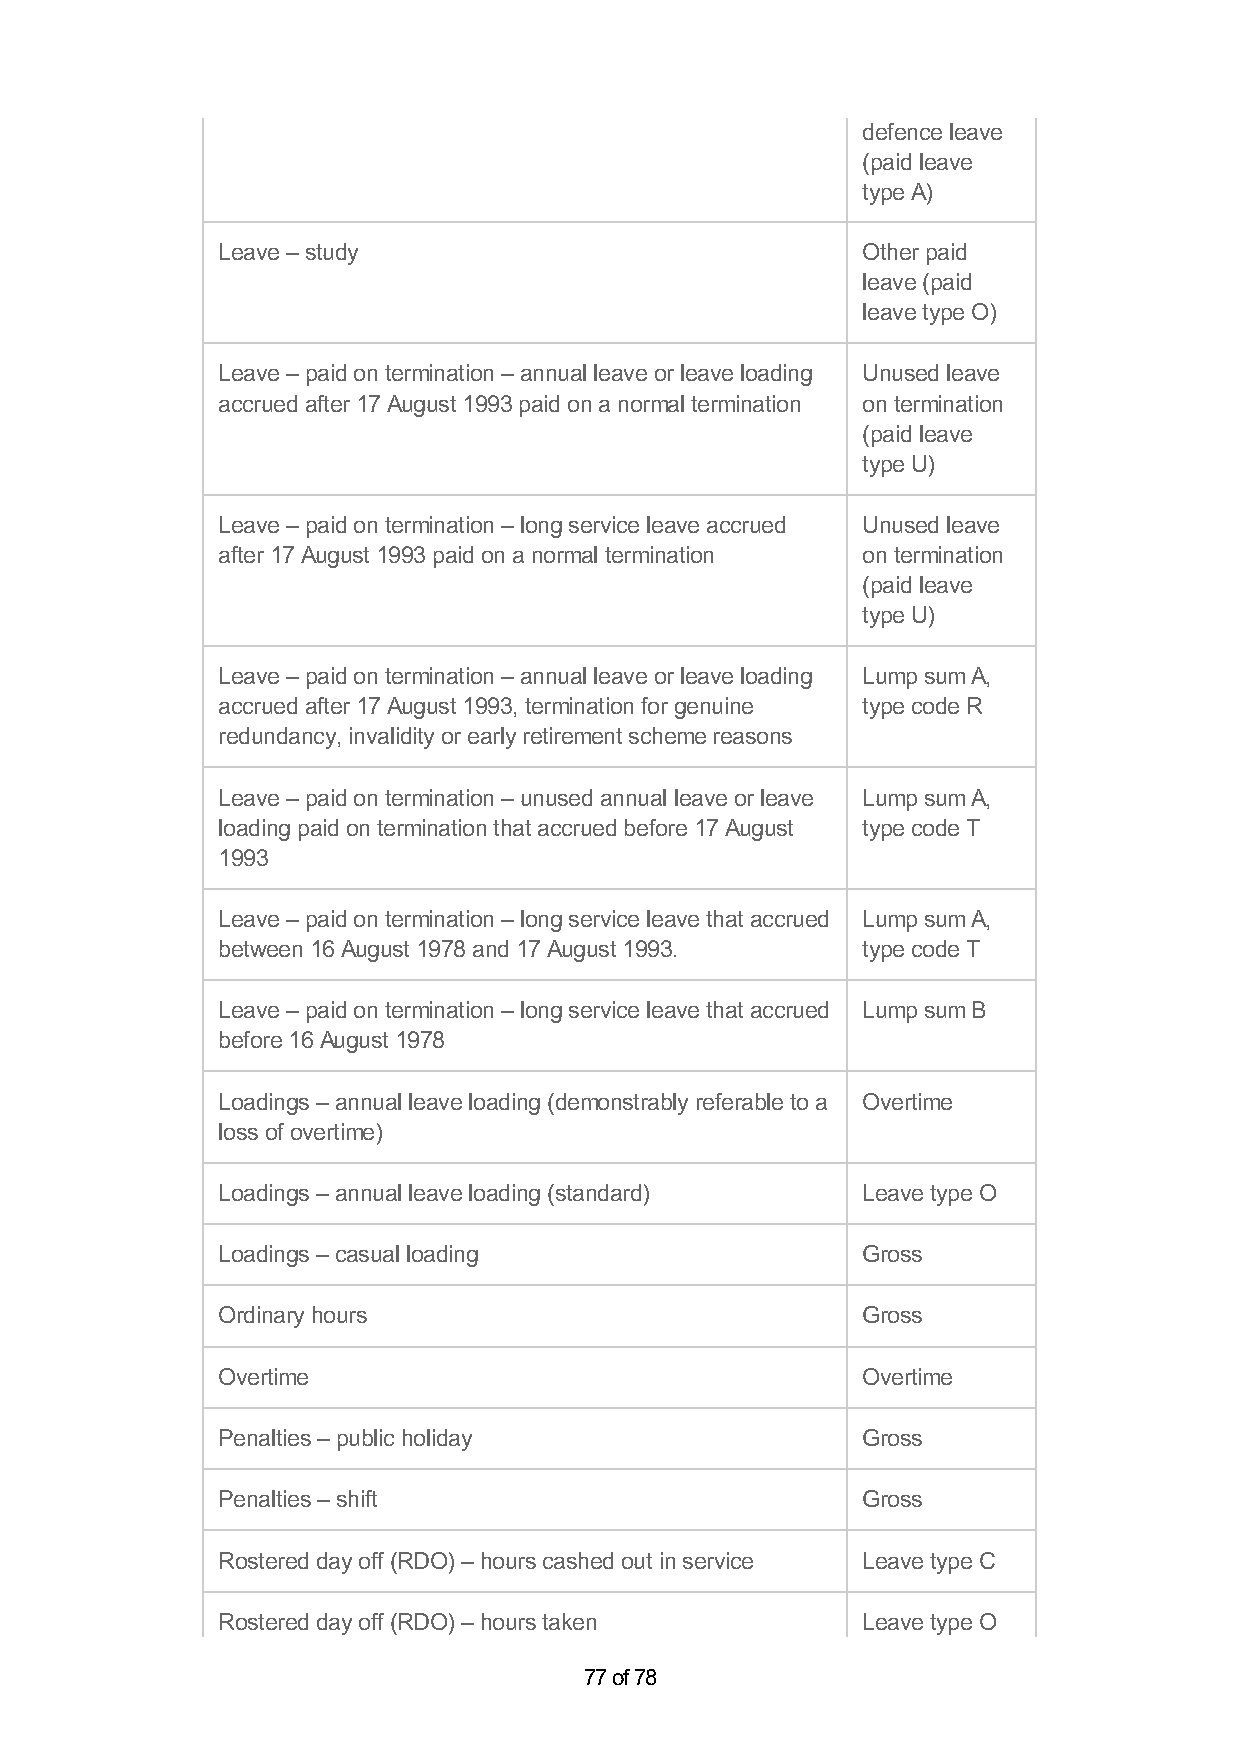
defence leave
 (paid leave
 type A)
 Leave – study                              Other paid
 leave (paid
 leave type O)
 Leave – paid on termination – annual leave or leave loading Unused leave
 accrued after 17 August 1993 paid on a normal termination on termination
 (paid leave
 type U)
 Leave – paid on termination – long service leave accrued Unused leave
 after 17 August 1993 paid on a normal termination on termination
 (paid leave
 type U)
 Leave – paid on termination – annual leave or leave loading Lump sum A,
 accrued after 17 August 1993, termination for genuine type code R
 redundancy, invalidity or early retirement scheme reasons
 Leave – paid on termination – unused annual leave or leave Lump sum A,
 loading paid on termination that accrued before 17 August type code T
 1993
 Leave – paid on termination – long service leave that accrued Lump sum A,
 between 16 August 1978 and 17 August 1993. type code T
 Leave – paid on termination – long service leave that accrued Lump sum B
 before 16 August 1978
 Loadings – annual leave loading (demonstrably referable to a Overtime
 loss of overtime)
 Loadings – annual leave loading (standard) Leave type O
 Loadings – casual loading                  Gross
 Ordinary hours                             Gross
 Overtime                                   Overtime
 Penalties – public holiday                 Gross
 Penalties – shift                          Gross
 Rostered day off (RDO) – hours cashed out in service Leave type C
 Rostered day off (RDO) – hours taken       Leave type O
 77 of 78